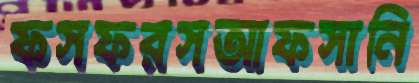
ফসফরসআফসানি